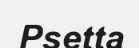
Psetta